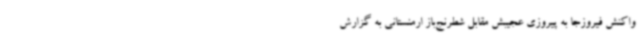
واکنش فیروزجا به پیروزی عجیبش مقابل شطرنج‌باز ارمنستانی به گزارش